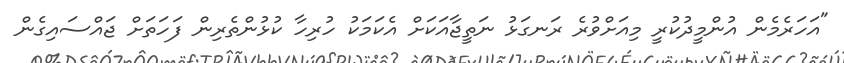
"އަހަރެމެން އުންމީދުކުރީ މިއަށްވުރެ ރަނގަޅު ނަތީޖާއަކަށް އެކަމަކު ހުރިހާ ކުޅުންތެރިން ފަހަތަށް ޖައްސައިގެން